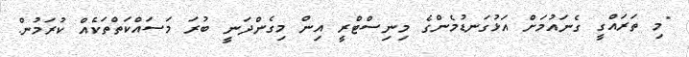
"މި ތަރައްގީ ގެނައުމަށް އަޅުގަނޑުމެންގެ މިނިސްޓްރީ އިން މިގެންދަނީ ބުރަ މަސައްކަތްތަކެއް ކުރަމުން.